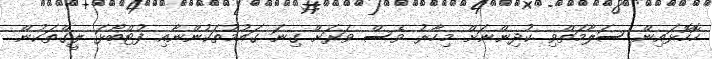
ހޮހޮޅައިން ސަލާމަތްވި ކުދިންނަށް މިހާރު ވެސް ވަރަށް ގިނަ ގައުމުތަކުންނާއި ފުޓްބޯޅަ ލީގްތަކުން